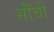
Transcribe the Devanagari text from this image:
सॉंची